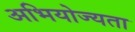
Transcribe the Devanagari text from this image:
अभियोज्यता